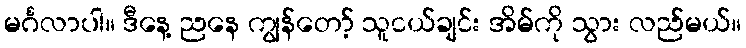
မင်္ဂလာပါ။ ဒီနေ့ ညနေ ကျွန်တော့် သူငယ်ချင်း အိမ်ကို သွား လည်မယ်။